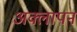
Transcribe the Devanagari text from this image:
अक्लापन